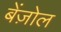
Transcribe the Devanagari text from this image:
बेंज़ोल